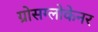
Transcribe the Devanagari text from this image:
ग्रोसग्लोकेनर